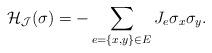
LaTeX: \begin{align*} \mathcal{H}_{\mathcal{J}}(\sigma) = -\sum_{e=\{x , y\}\in E } J_{e} \sigma_x \sigma_y.\end{align*}